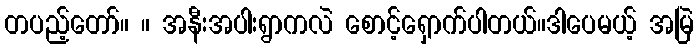
တပည့်တော်။ ။ အနီးအပါးရွာကလဲ စောင့်ရှောက်ပါတယ်။ဒါပေမယ့် အမြဲ